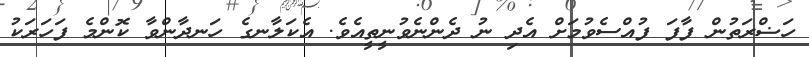
ހަޟްރަތުން ފާފަ ފުއްސެވުމަށް އެދި ނު ދެންނެވުނީތީއެވެ. އެކަލާނގެ ހަނދާންވާ ކޮންމެ ފަހަރަކު